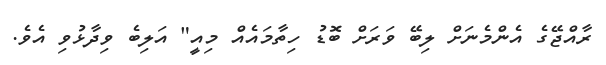
ރާއްޖޭގެ އެންމެނަށް ލިބޭ ވަރަށް ބޮޑު ހިތާމައެއް މިއީ" އަލިބެ ވިދާޅުވި އެވެ.